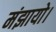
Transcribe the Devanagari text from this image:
मंझायो।